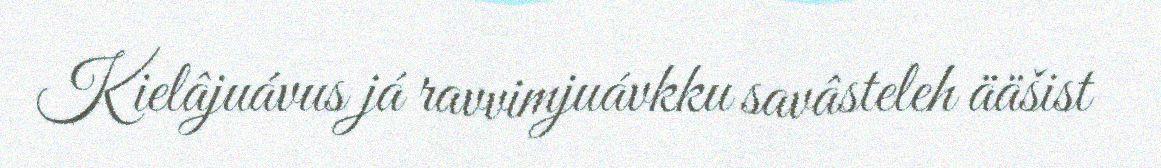
Kielâjuávus já ravvimjuávkku savâsteleh ääšist